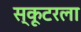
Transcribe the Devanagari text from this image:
स्कूटरला